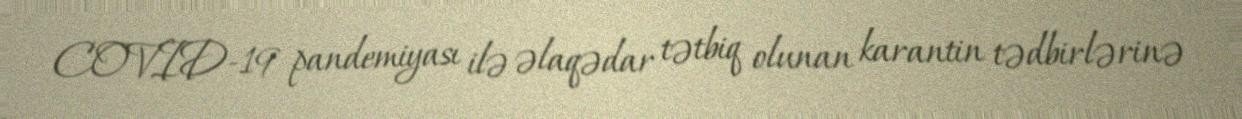
COVID-19 pandemiyası ilə əlaqədar tətbiq olunan karantin tədbirlərinə